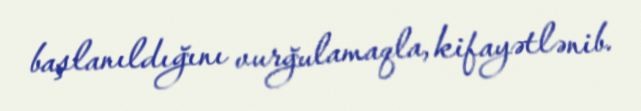
başlanıldığını vurğulamaqla, kifayətlənib.